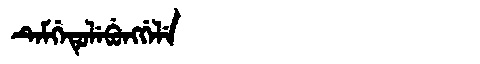
Manchu: ᡨᡝᠮᡤᡝᡨᡠᠯᡝᠪᡠᠩᡤᡝᠯᡝ
Romanization: TEMGETULEBUNGGELE